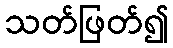
သတ်ဖြတ်၍